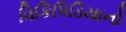
વિકિપિડિયાનો